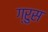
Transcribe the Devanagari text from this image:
ग्रुस